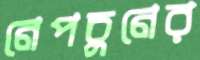
নেপচুনের